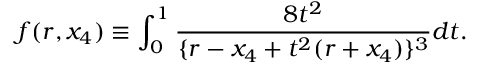
f ( r , x _ { 4 } ) \equiv \int _ { 0 } ^ { 1 } \frac { 8 t ^ { 2 } } { \{ r - x _ { 4 } + t ^ { 2 } ( r + x _ { 4 } ) \} ^ { 3 } } d t .